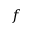
\boldsymbol { f }